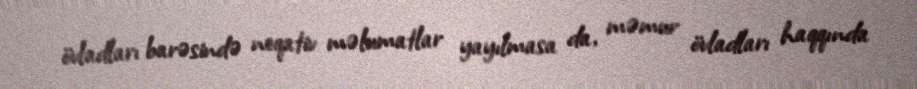
övladları barəsində neqativ məlumatlar yayılmasa da, məmur övladları haqqında